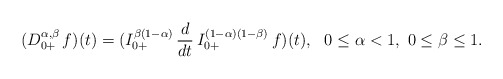
\begin{align*}(D^{\alpha,\beta}_{0+}\, f)(t) = (I_{0+}^{\beta(1-\alpha)}\, \frac{d}{dt}\, I_{0+}^{(1-\alpha)(1-\beta)}\, f)(t),\ \ 0 \le \alpha < 1, \ 0 \le \beta \le 1.\end{align*}